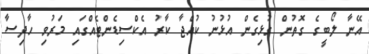
އޭނާ ލޯބީގެ ގޮތުން ގުޅިގެން އުޅުނު ކުއްޖާ ކާރު އެކްސިޑެންޓެއްގައި މަރުވި ހާދިސާ